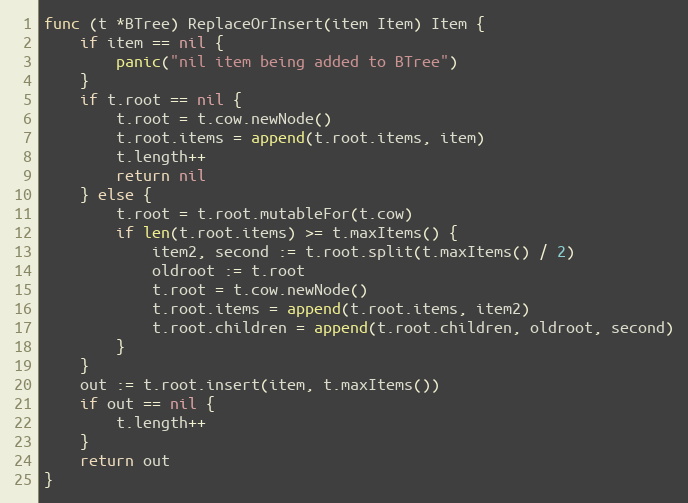
Language: Go
func (t *BTree) ReplaceOrInsert(item Item) Item {
	if item == nil {
		panic("nil item being added to BTree")
	}
	if t.root == nil {
		t.root = t.cow.newNode()
		t.root.items = append(t.root.items, item)
		t.length++
		return nil
	} else {
		t.root = t.root.mutableFor(t.cow)
		if len(t.root.items) >= t.maxItems() {
			item2, second := t.root.split(t.maxItems() / 2)
			oldroot := t.root
			t.root = t.cow.newNode()
			t.root.items = append(t.root.items, item2)
			t.root.children = append(t.root.children, oldroot, second)
		}
	}
	out := t.root.insert(item, t.maxItems())
	if out == nil {
		t.length++
	}
	return out
}